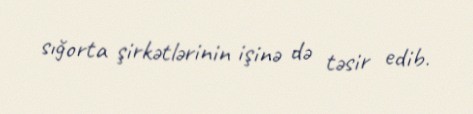
sığorta şirkətlərinin işinə də təsir edib.